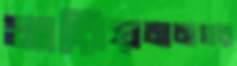
মরিয়মনগর